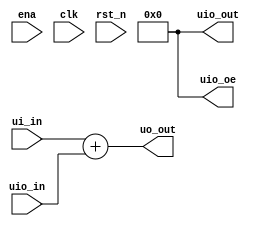
// This program was cloned from: https://github.com/Shofuuu/tt06-timer_counter-UGM
// License: Apache License 2.0

/*
 * Copyright (c) 2024 Your Name
 * SPDX-License-Identifier: Apache-2.0
 */

`default_nettype none

module tt_um_example (
    input  wire [7:0] ui_in,    // Dedicated inputs
    output wire [7:0] uo_out,   // Dedicated outputs
    input  wire [7:0] uio_in,   // IOs: Input path
    output wire [7:0] uio_out,  // IOs: Output path
    output wire [7:0] uio_oe,   // IOs: Enable path (active high: 0=input, 1=output)
    input  wire       ena,      // will go high when the design is enabled
    input  wire       clk,      // clock
    input  wire       rst_n     // reset_n - low to reset
);

  // All output pins must be assigned. If not used, assign to 0.
  assign uo_out  = ui_in + uio_in;  // Example: ou_out is the sum of ui_in and uio_in
  assign uio_out = 0;
  assign uio_oe  = 0;

endmodule